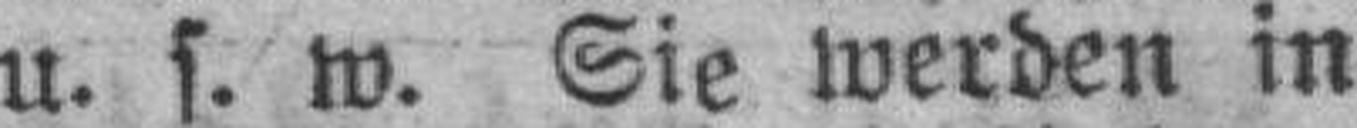
u. s. w. Sie werden in